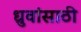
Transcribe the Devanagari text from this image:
ध्रुवांसाठी